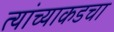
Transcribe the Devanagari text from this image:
त्यांच्याकडचा